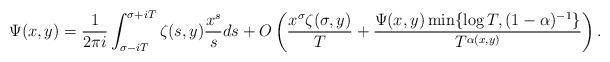
LaTeX: \begin{align*} \Psi(x,y)=\frac{1}{2\pi i}\int_{\sigma-iT}^{\sigma+iT} \zeta(s,y)\frac{x^s}{s}ds+O\left( \frac{x^{\sigma}\zeta(\sigma,y)}{T} + \frac{\Psi(x,y) \min\{\log T,(1-\alpha)^{-1}\}}{T^{\alpha(x,y)}}\right).\end{align*}